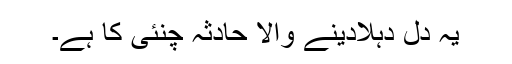
یہ دل دہلادینے والا حادثہ چنئی کا ہے۔